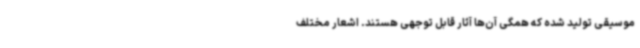
موسیقی تولید شده که همگی آن‌ها آثار قابل توجهی هستند. اشعار مختلف